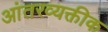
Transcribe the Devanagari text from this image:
आंतरव्यक्तीक